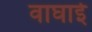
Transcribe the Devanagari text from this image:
वाघाई